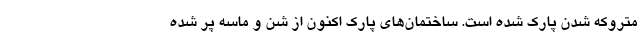
متروکه شدن پارک شده است. ساختمان‌های پارک اکنون از شن و ماسه پر شده